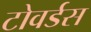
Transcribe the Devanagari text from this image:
टोवर्डस